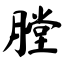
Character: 膛